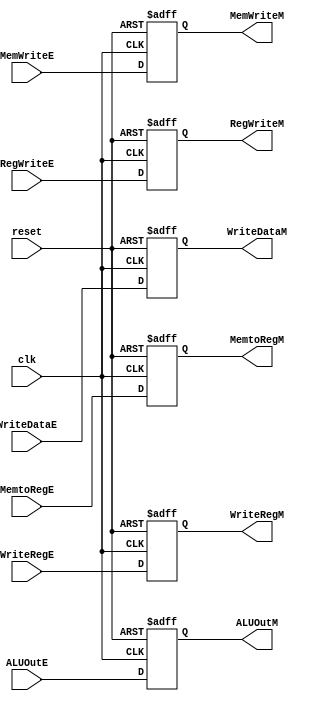

/*
// Module: pipeline_reg_Exe_Mem.v
// Description: Pipeline register between Execute and Memory stage verilog code //
// Owner : Mohamed Ayman
*/

module pipeline_reg_Exe_Mem 
#(parameter data_size = 32)
(

    output  reg    [data_size-1:0]  ALUOutM,WriteDataM,
    output  reg    [4:0]            WriteRegM,
    output  reg                     RegWriteM,MemtoRegM,MemWriteM,
    input   wire                    clk,reset,
    input   wire   [data_size-1:0]  ALUOutE,WriteDataE,
    input   wire   [4:0]            WriteRegE,
    input   wire                    RegWriteE,MemtoRegE,MemWriteE
);

always @ ( posedge clk or negedge reset)
    begin
        if ( ! reset )
            begin
                ALUOutM <= 32'd0;
                WriteDataM <= 32'd0;
                WriteRegM <= 5'd0;
                RegWriteM <= 1'b0;
                MemtoRegM <= 1'b0;
                MemWriteM <= 1'b0;       
            end
        else
            begin
                ALUOutM <= ALUOutE;
                WriteDataM <= WriteDataE;
                WriteRegM <= WriteRegE;
                RegWriteM <= RegWriteE;
                MemtoRegM <= MemtoRegE;
                MemWriteM <= MemWriteE;
            end
    end
endmodule